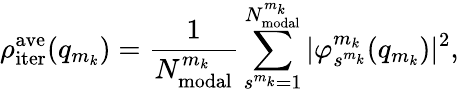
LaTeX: \rho_{\mathrm{iter}}^{\mathrm{ave}}(q_{m_{k}})=\frac{1}{N_{\mathrm{modal}}^{m_{k}}}\sum_{s^{m_{k}}=1}^{N_{\mathrm{modal}}^{m_{k}}}|\varphi_{s^{m_{k}}}^{m_{k}}(q_{m_{k}})|^{2},